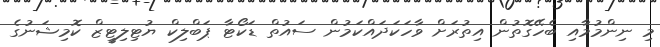
މި ނިންމުމާއި ބެހޭގޮތުން އިތުރަށް ވާހަކަދައްކަމުން ސައުތް ޑަކޯޓާ ޕަބްލިކް ޔުޓިލިޓީޒް ކޮމިޝަނުގެ